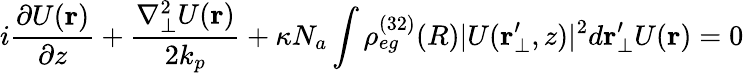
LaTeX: i\frac{\partial U(\mathbf{r})}{\partial z}+\frac{\nabla_{\bot}^{2}U(\mathbf{r})}{2k_{p}}+\kappa N_{a}\int\rho_{eg}^{(32)}(R)|U(\mathbf{r_{\bot}^{\prime}},z)|^{2}d\mathbf{r}_{\bot}^{\prime}U(\mathbf{r})=0